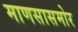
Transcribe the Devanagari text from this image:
माणसासमोर